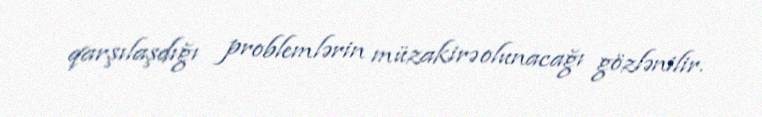
qarşılaşdığı problemlərin müzakirə olunacağı gözlənilir.